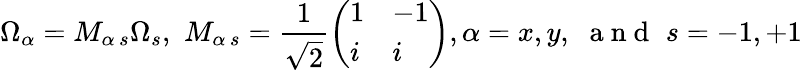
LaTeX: \Omega_{\alpha}=M_{\alpha\, s}\Omega_{s},\, \, M_{\alpha\, s}=\frac{1}{\sqrt{2}}\left(\begin{array}{ll}{1}&{-1}\\ {i}&{i}\end{array}\right),\alpha=x,y,\, \, \mathrm{~a~n~d~}\, \, s=-1,+1